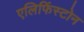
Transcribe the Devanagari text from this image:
एलिफिंस्टोन